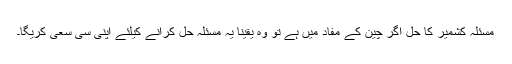
مسئلہ کشمیر کا حل اگر چین کے مفاد میں ہے تو وہ یقیناً یہ مسئلہ حل کرانے کیلئے اپنی سی سعی کریگا۔